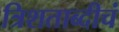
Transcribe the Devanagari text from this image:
त्रिशताब्दीचं